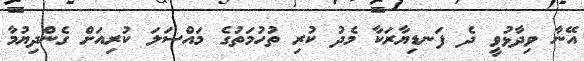
އޭނާ ވިދާޅުވީ ދެ ފަނޑިޔާރަކާ މެދު ކުރި ތުހުމަތުގެ މައްސަލަ ކުރިއަށް ގެންދިޔުމާ